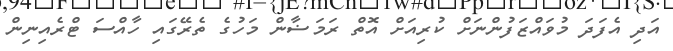
އަދި އެފަދަ މުވައްޒަފުންނަށް ކުރިއަށް އޮތް ރަމަޟާން މަހުގެ ތެރޭގައި ހާއްސަ ޓްރެއިނިން